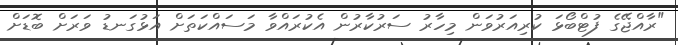
"ރާއްޖޭގެ ފުޓްބޯޅަ ކުރިއަރުވަން މިހާރު ސަރުކާރުން އެކުރައްވާ މަސައްކަތަށް އަޅުގަނޑު ވަރަށް ބޮޑަށް